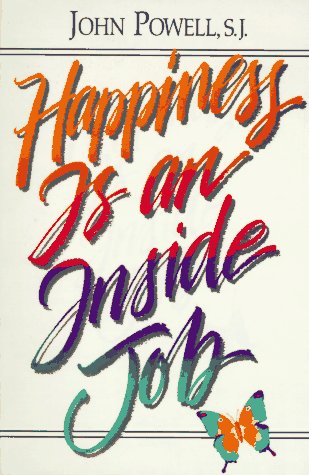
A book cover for Happiness Is an Inside Job; John S. Powell; Christian Books & Bibles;